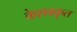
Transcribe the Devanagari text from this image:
केशवकृत